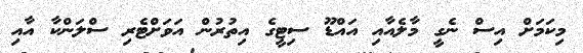
މިކަމަށް އިސް ނެގީ މާލެއާއި އައްޑޫ ސިޓީގެ އިތުރުން އަވަށްޓެރި ސްލަންކާ އާއި